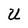
Character: U